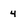
Character: 4